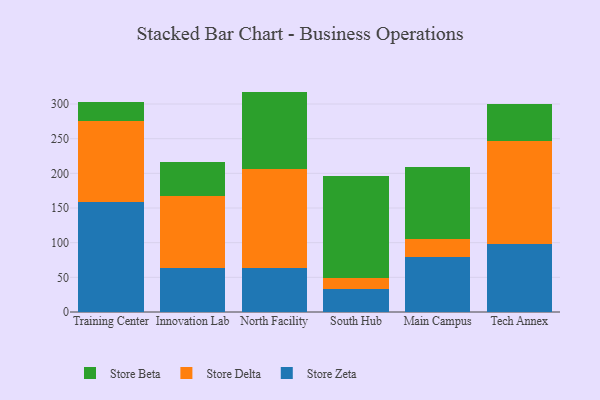
{"axis": {"x": "Campus", "y": "Waste Production (Tons)"}, "legend": ["Store Beta", "Store Delta", "Store Zeta"], "data": [{"x": "Training Center", "y": 159.1, "type": "Store Zeta"}, {"x": "Training Center", "y": 115.8, "type": "Store Delta"}, {"x": "Training Center", "y": 27.8, "type": "Store Beta"}, {"x": "Innovation Lab", "y": 63.7, "type": "Store Zeta"}, {"x": "Innovation Lab", "y": 103.4, "type": "Store Delta"}, {"x": "Innovation Lab", "y": 48.7, "type": "Store Beta"}, {"x": "North Facility", "y": 63.5, "type": "Store Zeta"}, {"x": "North Facility", "y": 142.9, "type": "Store Delta"}, {"x": "North Facility", "y": 111.5, "type": "Store Beta"}, {"x": "South Hub", "y": 33.9, "type": "Store Zeta"}, {"x": "South Hub", "y": 15.4, "type": "Store Delta"}, {"x": "South Hub", "y": 146.8, "type": "Store Beta"}, {"x": "Main Campus", "y": 79.8, "type": "Store Zeta"}, {"x": "Main Campus", "y": 25.0, "type": "Store Delta"}, {"x": "Main Campus", "y": 104.9, "type": "Store Beta"}, {"x": "Tech Annex", "y": 98.2, "type": "Store Zeta"}, {"x": "Tech Annex", "y": 149.1, "type": "Store Delta"}, {"x": "Tech Annex", "y": 52.6, "type": "Store Beta"}]}